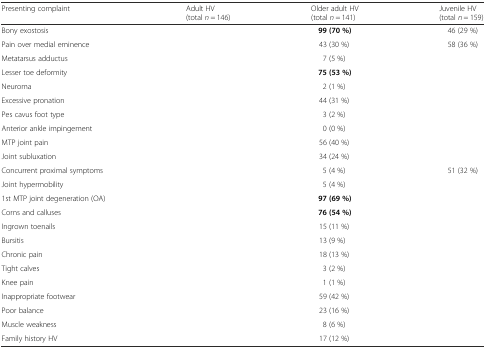
<table><thead><tr><td><b>Presenting complaint</b></td><td><b>Adult HV (total <i>n</i> = 146)</b></td><td><b>Older adult HV (total <i>n</i> = 141)</b></td><td><b>Juvenile HV (total <i>n</i> = 159)</b></td></tr></thead><tbody><tr><td>Bony exostosis</td><td>[EMPTY_CELL]</td><td><b>99 (70 %)</b></td><td>46 (29 %)</td></tr><tr><td>Pain over medial eminence</td><td>[EMPTY_CELL]</td><td>43 (30 %)</td><td>58 (36 %)</td></tr><tr><td>Metatarsus adductus</td><td>[EMPTY_CELL]</td><td>7 (5 %)</td><td>[EMPTY_CELL]</td></tr><tr><td>Lesser toe deformity</td><td>[EMPTY_CELL]</td><td><b>75 (53 %)</b></td><td>[EMPTY_CELL]</td></tr><tr><td>Neuroma</td><td>[EMPTY_CELL]</td><td>2 (1 %)</td><td>[EMPTY_CELL]</td></tr><tr><td>Excessive pronation</td><td>[EMPTY_CELL]</td><td>44 (31 %)</td><td>[EMPTY_CELL]</td></tr><tr><td>Pes cavus foot type</td><td>[EMPTY_CELL]</td><td>3 (2 %)</td><td>[EMPTY_CELL]</td></tr><tr><td>Anterior ankle impingement</td><td>[EMPTY_CELL]</td><td>0 (0 %)</td><td>[EMPTY_CELL]</td></tr><tr><td>MTP joint pain</td><td>[EMPTY_CELL]</td><td>56 (40 %)</td><td>[EMPTY_CELL]</td></tr><tr><td>Joint subluxation</td><td>[EMPTY_CELL]</td><td>34 (24 %)</td><td>[EMPTY_CELL]</td></tr><tr><td>Concurrent proximal symptoms</td><td>[EMPTY_CELL]</td><td>5 (4 %)</td><td>51 (32 %)</td></tr><tr><td>Joint hypermobility</td><td>[EMPTY_CELL]</td><td>5 (4 %)</td><td>[EMPTY_CELL]</td></tr><tr><td>1st MTP joint degeneration (OA)</td><td>[EMPTY_CELL]</td><td><b>97 (69 %)</b></td><td>[EMPTY_CELL]</td></tr><tr><td>Corns and calluses</td><td>[EMPTY_CELL]</td><td><b>76 (54 %)</b></td><td>[EMPTY_CELL]</td></tr><tr><td>Ingrown toenails</td><td>[EMPTY_CELL]</td><td>15 (11 %)</td><td>[EMPTY_CELL]</td></tr><tr><td>Bursitis</td><td>[EMPTY_CELL]</td><td>13 (9 %)</td><td>[EMPTY_CELL]</td></tr><tr><td>Chronic pain</td><td>[EMPTY_CELL]</td><td>18 (13 %)</td><td>[EMPTY_CELL]</td></tr><tr><td>Tight calves</td><td>[EMPTY_CELL]</td><td>3 (2 %)</td><td>[EMPTY_CELL]</td></tr><tr><td>Knee pain</td><td>[EMPTY_CELL]</td><td>1 (1 %)</td><td>[EMPTY_CELL]</td></tr><tr><td>Inappropriate footwear</td><td>[EMPTY_CELL]</td><td>59 (42 %)</td><td>[EMPTY_CELL]</td></tr><tr><td>Poor balance</td><td>[EMPTY_CELL]</td><td>23 (16 %)</td><td>[EMPTY_CELL]</td></tr><tr><td>Muscle weakness</td><td>[EMPTY_CELL]</td><td>8 (6 %)</td><td>[EMPTY_CELL]</td></tr><tr><td>Family history HV</td><td>[EMPTY_CELL]</td><td>17 (12 %)</td><td>[EMPTY_CELL]</td></tr></tbody></table>